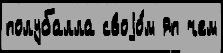
полубалла своjо́м яп чем